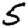
Digit: 5